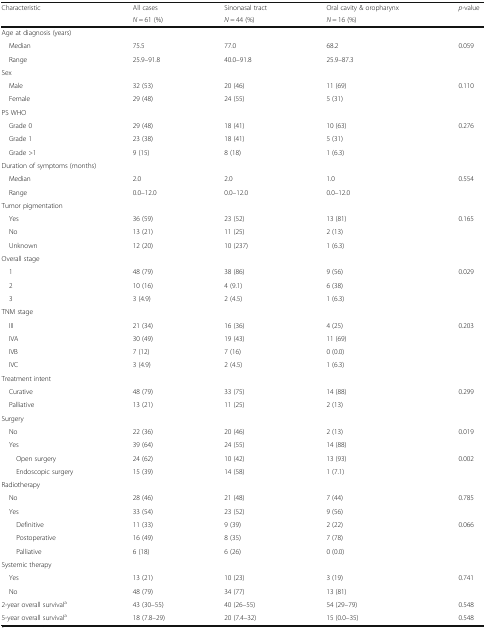
<table><thead><tr><td rowspan="2"><b>Characteristic</b></td><td><b>All cases</b></td><td><b>Sinonasal tract</b></td><td><b>Oral cavity &amp; oropharynx</b></td><td rowspan="2"><b><i>p</i>-value </b></td></tr><tr><td><b><i>N</i> = 61 (%)</b></td><td><b><i>N</i> = 44 (%)</b></td><td><b><i>N</i> = 16 (%)</b></td></tr></thead><tbody><tr><td colspan="5">Age at diagnosis (years)</td></tr><tr><td> Median</td><td>75.5</td><td>77.0</td><td>68.2</td><td>0.059</td></tr><tr><td> Range</td><td>25.9–91.8</td><td>40.0–91.8</td><td>25.9–87.3</td><td></td></tr><tr><td colspan="5">Sex</td></tr><tr><td> Male</td><td>32 (53)</td><td>20 (46)</td><td>11 (69)</td><td>0.110</td></tr><tr><td> Female</td><td>29 (48)</td><td>24 (55)</td><td>5 (31)</td><td></td></tr><tr><td colspan="5">PS WHO</td></tr><tr><td> Grade 0</td><td>29 (48)</td><td>18 (41)</td><td>10 (63)</td><td>0.276</td></tr><tr><td> Grade 1</td><td>23 (38)</td><td>18 (41)</td><td>5 (31)</td><td></td></tr><tr><td> Grade &gt;1</td><td>9 (15)</td><td>8 (18)</td><td>1 (6.3)</td><td></td></tr><tr><td colspan="5">Duration of symptoms (months)</td></tr><tr><td> Median</td><td>2.0</td><td>2.0</td><td>1.0</td><td>0.554</td></tr><tr><td> Range</td><td>0.0–12.0</td><td>0.0–12.0</td><td>0.0–12.0</td><td></td></tr><tr><td colspan="5">Tumor pigmentation</td></tr><tr><td> Yes</td><td>36 (59)</td><td>23 (52)</td><td>13 (81)</td><td>0.165</td></tr><tr><td> No</td><td>13 (21)</td><td>11 (25)</td><td>2 (13)</td><td></td></tr><tr><td> Unknown</td><td>12 (20)</td><td>10 (237)</td><td>1 (6.3)</td><td></td></tr><tr><td colspan="5">Overall stage</td></tr><tr><td> 1</td><td>48 (79)</td><td>38 (86)</td><td>9 (56)</td><td>0.029</td></tr><tr><td> 2</td><td>10 (16)</td><td>4 (9.1)</td><td>6 (38)</td><td></td></tr><tr><td> 3</td><td>3 (4.9)</td><td>2 (4.5)</td><td>1 (6.3)</td><td></td></tr><tr><td colspan="5">TNM stage</td></tr><tr><td> III</td><td>21 (34)</td><td>16 (36)</td><td>4 (25)</td><td>0.203</td></tr><tr><td> IVA</td><td>30 (49)</td><td>19 (43)</td><td>11 (69)</td><td></td></tr><tr><td> IVB</td><td>7 (12)</td><td>7 (16)</td><td>0 (0.0)</td><td></td></tr><tr><td> IVC</td><td>3 (4.9)</td><td>2 (4.5)</td><td>1 (6.3)</td><td></td></tr><tr><td colspan="5">Treatment intent</td></tr><tr><td> Curative</td><td>48 (79)</td><td>33 (75)</td><td>14 (88)</td><td>0.299</td></tr><tr><td> Palliative</td><td>13 (21)</td><td>11 (25)</td><td>2 (13)</td><td></td></tr><tr><td colspan="5">Surgery</td></tr><tr><td> No</td><td>22 (36)</td><td>20 (46)</td><td>2 (13)</td><td>0.019</td></tr><tr><td> Yes</td><td>39 (64)</td><td>24 (55)</td><td>14 (88)</td><td></td></tr><tr><td>Open surgery</td><td>24 (62)</td><td>10 (42)</td><td>13 (93)</td><td>0.002</td></tr><tr><td>Endoscopic surgery</td><td>15 (39)</td><td>14 (58)</td><td>1 (7.1)</td><td></td></tr><tr><td colspan="5">Radiotherapy</td></tr><tr><td> No</td><td>28 (46)</td><td>21 (48)</td><td>7 (44)</td><td>0.785</td></tr><tr><td> Yes</td><td>33 (54)</td><td>23 (52)</td><td>9 (56)</td><td></td></tr><tr><td>Definitive</td><td>11 (33)</td><td>9 (39)</td><td>2 (22)</td><td>0.066</td></tr><tr><td>Postoperative</td><td>16 (49)</td><td>8 (35)</td><td>7 (78)</td><td></td></tr><tr><td>Palliative</td><td>6 (18)</td><td>6 (26)</td><td>0 (0.0)</td><td></td></tr><tr><td colspan="5">Systemic therapy</td></tr><tr><td> Yes</td><td>13 (21)</td><td>10 (23)</td><td>3 (19)</td><td>0.741</td></tr><tr><td> No</td><td>48 (79)</td><td>34 (77)</td><td>13 (81)</td><td></td></tr><tr><td>2-year overall survival<sup>a</sup></td><td>43 (30–55)</td><td>40 (26–55)</td><td>54 (29–79)</td><td>0.548</td></tr><tr><td>5-year overall survival<sup>a</sup></td><td>18 (7.8–29)</td><td>20 (7.4–32)</td><td>15 (0.0–35)</td><td>0.548</td></tr></tbody></table>